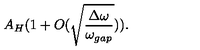
A _ { H } ( 1 + O ( \sqrt { \frac { \Delta \omega } { \omega _ { g a p } } } ) ) .